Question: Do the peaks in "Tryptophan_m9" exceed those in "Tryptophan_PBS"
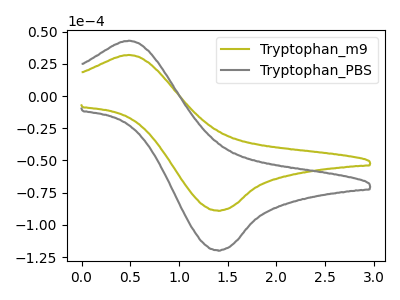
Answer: <think>The olive curve "Tryptophan_m9" has an anodic peak at (0.50V, 31.90uA) and a cathodic peak at (1.40V, -88.85uA). The gray curve "Tryptophan_PBS" has an anodic peak at (0.50V, 42.95uA) and a cathodic peak at (1.40V, -119.70uA).</think>
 <answer>Every peak in "Tryptophan_m9" is lower than every peak in "Tryptophan_PBS".</answer>
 <eval>lower</eval>